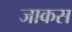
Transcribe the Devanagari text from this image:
जाकस